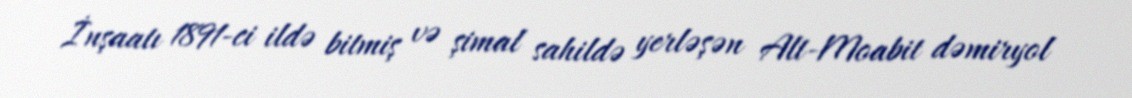
İnşaatı 1891-ci ildə bitmiş və şimal sahildə yerləşən Alt-Moabit dəmiryol